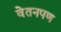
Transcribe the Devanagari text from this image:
वेतनपण